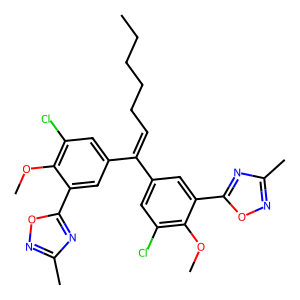
SMILES: CCCCCC=C(c1cc(Cl)c(OC)c(-c2nc(C)no2)c1)c1cc(Cl)c(OC)c(-c2nc(C)no2)c1
Inhibits HIV replication: No